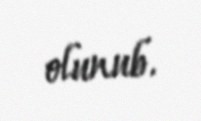
olunub.